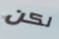
لكن